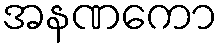
အနဏကော